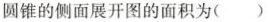
圆锥的侧面展开图的面积为（ ）